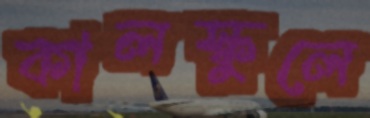
কালস্কুলে